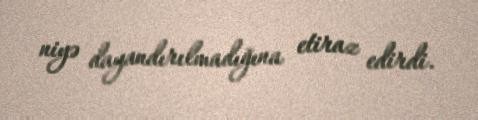
niyə dayandırılmadığına etiraz edirdi.